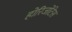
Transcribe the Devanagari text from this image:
होरिजोंटेस